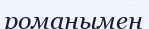
романымен